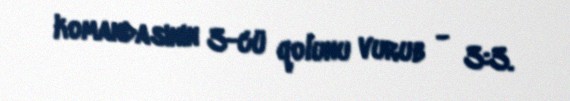
komandasının 3-cü qolunu vurub - 3:3.